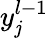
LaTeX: y_{\mathit{j}}^{l-1}